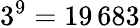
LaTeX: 3^{9}=19\, 683